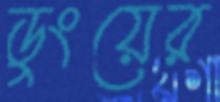
ডুংয়ের